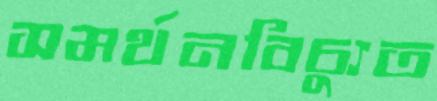
সমর্থনবিচ্যুত